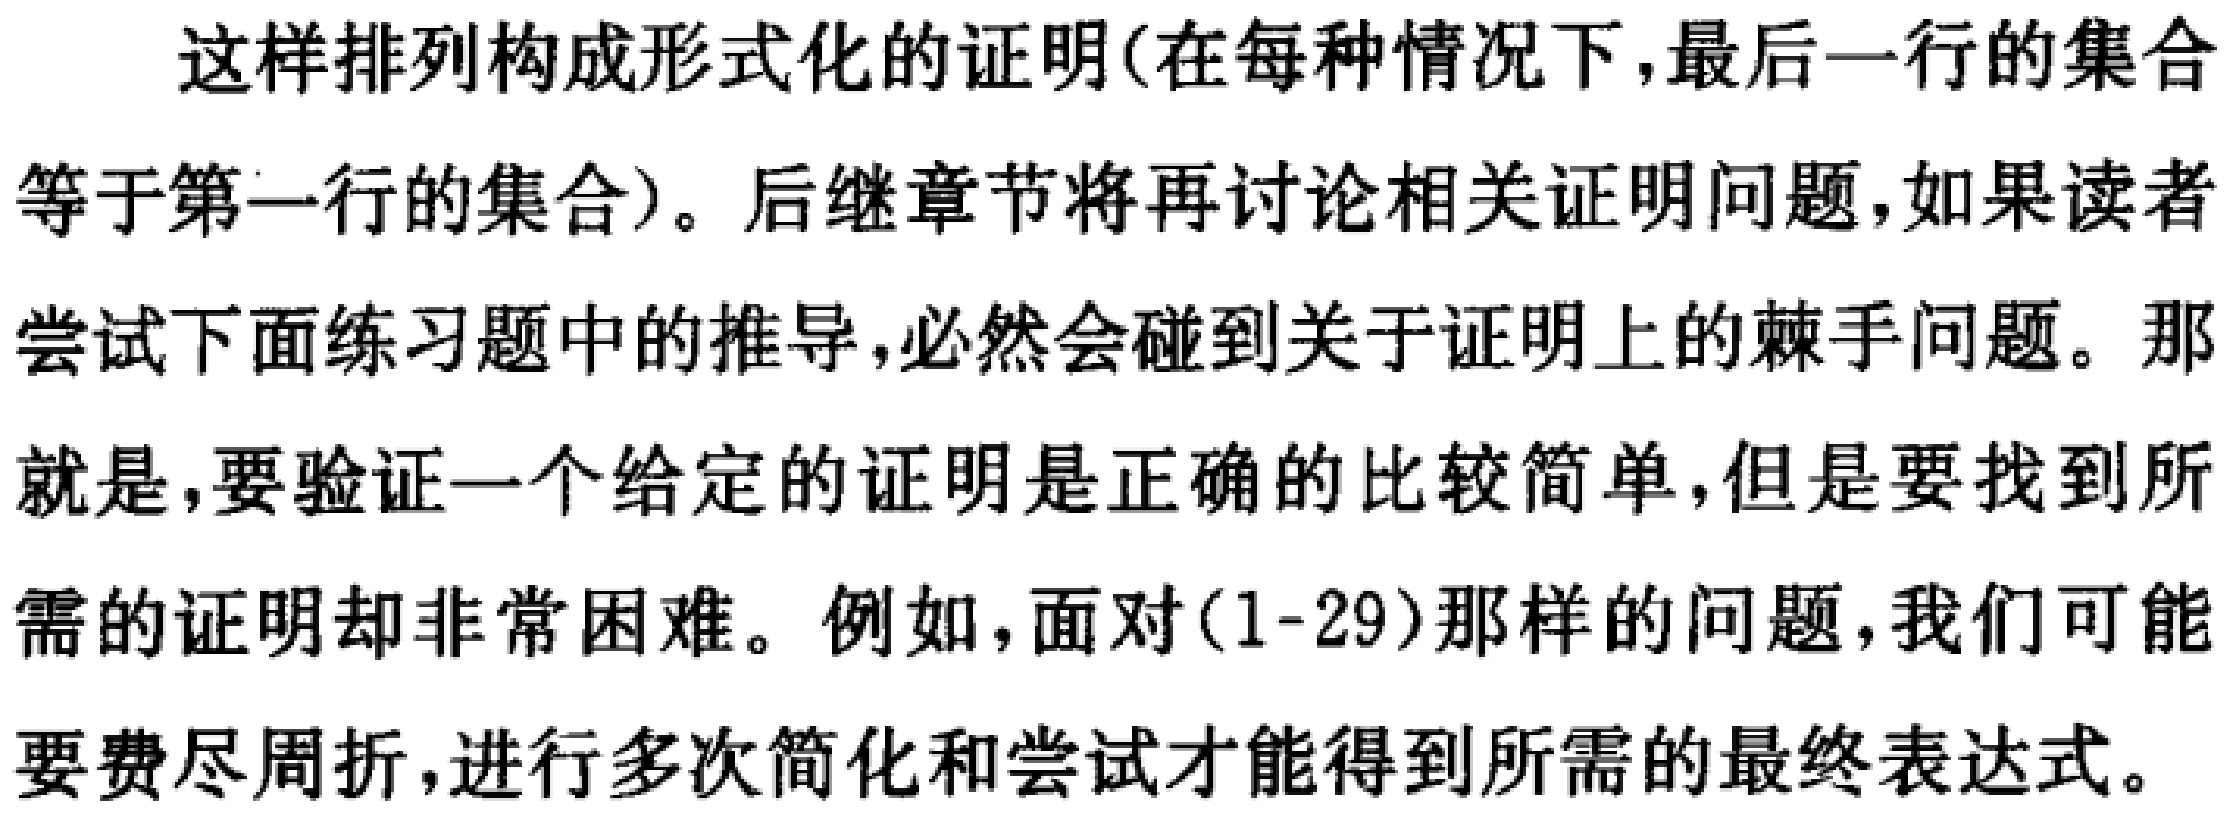
这样排列构成形式化的证明(在每种情况下,最后一行的集合等于第一行的集合)。后继章节将再讨论相关证明问题,如果读者尝试下面练习题中的推导,必然会碰到关于证明上的棘手问题。那就是,要验证一个给定的证明是正确的比较简单,但是要找到所需的证明却非常困难。例如,面对(1-29)那样的问题,我们可能要费尽周折,进行多次简化和尝试才能得到所需的最终表达式。